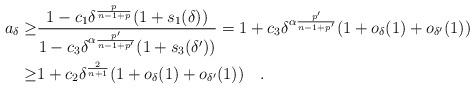
LaTeX: \begin{align*}a_{\delta}\geq &\frac{1-c_1\delta^{\frac{p}{n-1+p}}(1+s_1(\delta))}{1-c_3\delta^{\alpha \frac{p'}{n-1+p'}}(1+s_3(\delta'))}=1+c_3\delta^{\alpha \frac{p'}{n-1+p'}}(1+o_{\delta}(1)+o_{\delta'}(1))\\\geq & 1+c_2\delta^{\frac{2}{n+1}}(1+o_{\delta}(1)+o_{\delta'}(1))\quad.\end{align*}